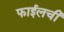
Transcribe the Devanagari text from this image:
फाईलची